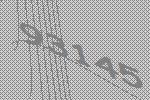
93145